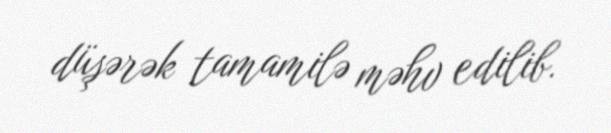
düşərək tamamilə məhv edilib.